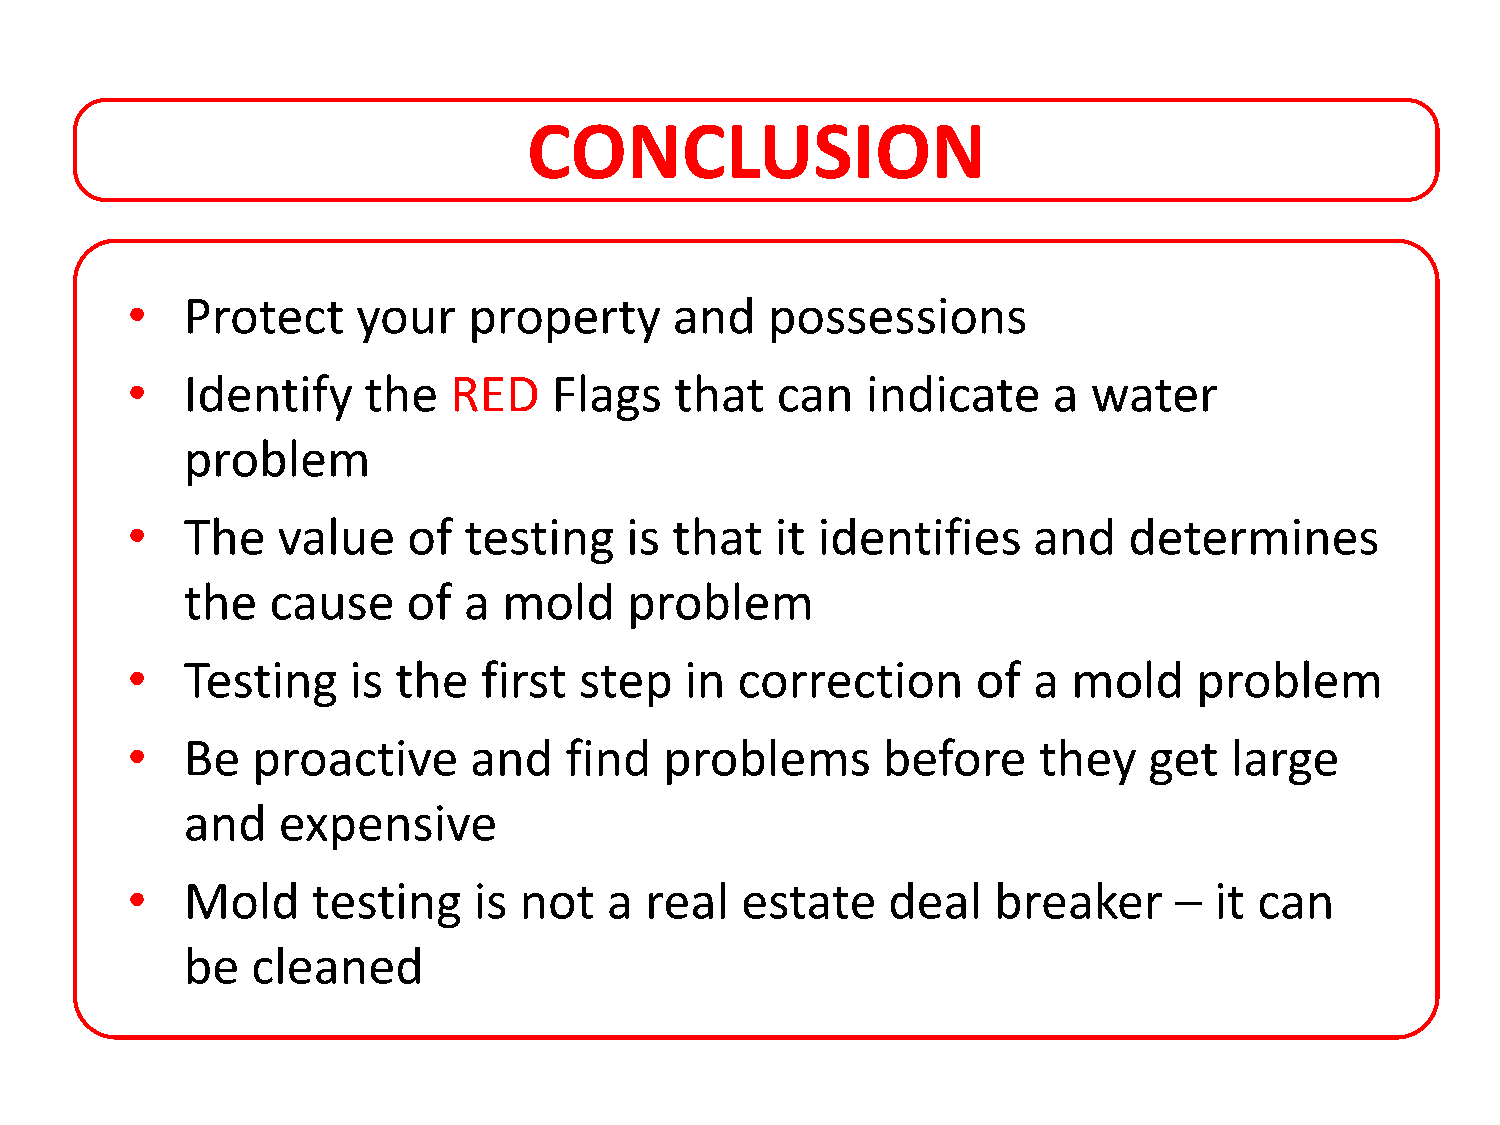
CONCLUSION
 •   Protect     your   property      and   possessions
 •   Identify    the   RED    Flags   that  can   indicate     a water
 problem
 •   The   value    of  testing   is  that  it identifies    and    determines
 the   cause    of  a mold     problem
 •   Testing    is the   first step   in  correction      of a  mold    problem
 •   Be   proactive     and   find   problems      before     they   get  large
 and   expensive
 •   Mold     testing   is not   a  real  estate    deal   breaker     – it can
 be   cleaned